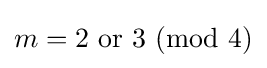
m=2{\text{ or }}3\,\,(\mathrm {mod} \,\,4)